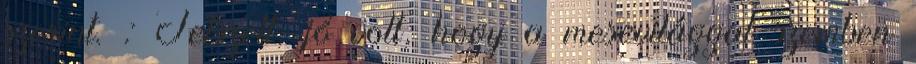
szerint. : Tetszett, jó volt, hogy a mesevilággal szemben